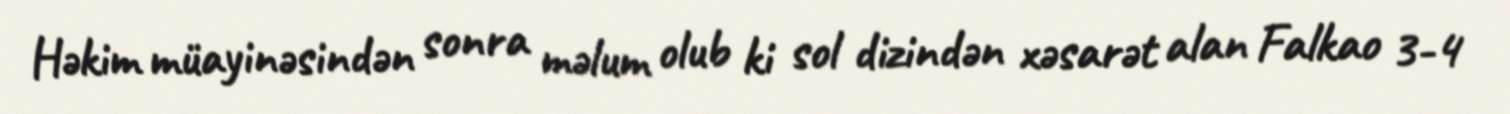
Həkim müayinəsindən sonra məlum olub ki sol dizindən xəsarət alan Falkao 3-4